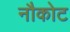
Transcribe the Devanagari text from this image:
नौकोट